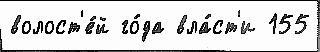
волост'е́й го́да вла́ст'и 155